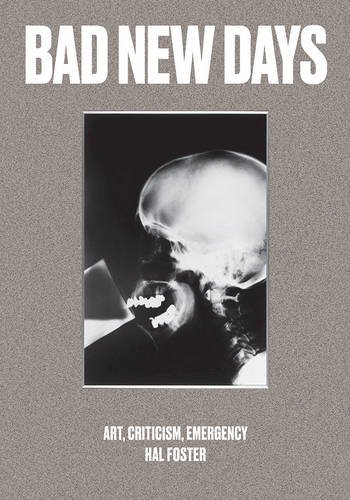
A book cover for Bad New Days: Art, Criticism, Emergency; Hal Foster; Arts & Photography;